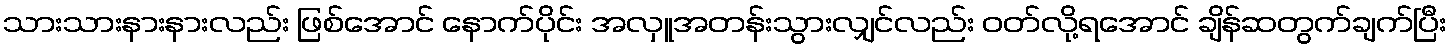
သားသားနားနားလည်း ဖြစ်အောင် နောက်ပိုင်း အလှူအတန်းသွားလျှင်လည်း ဝတ်လို့ရအောင် ချိန်ဆတွက်ချက်ပြီး